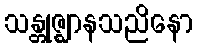
သန္တုဇ္ဈာနသညိနော